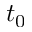
t _ { 0 }